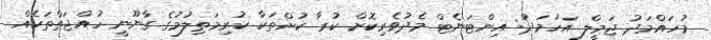
މުހައްމަދު ޖަމީލް އަހުމަދު: އިންޓަނެޓް މެދުވެރިކޮށް ކުރާ ކުށްތަކާ ކުރިމަތިލުމުގެ ގާނޫނީ ހުއްޖަތްތަކެއް